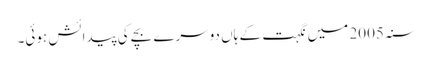
سنہ 2005 میں نگہت کے ہاں دوسرے بچے کی پیدائش ہوئی۔